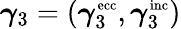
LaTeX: \boldsymbol{\gamma}_{3}=(\boldsymbol{\gamma}_{3}^{\textnormal{\scriptsize ecc}},\boldsymbol{\gamma}_{3}^{\textnormal{\scriptsize inc}})